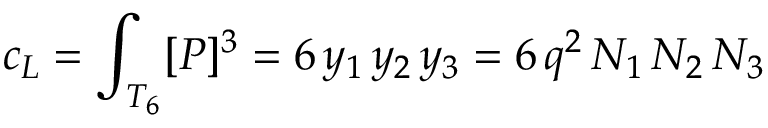
c _ { \small L } = \int _ { T _ { 6 } } [ P ] ^ { 3 } = 6 \, y _ { 1 } \, y _ { 2 } \, y _ { 3 } = 6 \, q ^ { 2 } \, N _ { 1 } \, N _ { 2 } \, N _ { 3 }